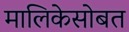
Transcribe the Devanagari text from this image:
मालिकेसोबत